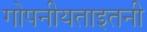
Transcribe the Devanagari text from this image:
गोपनीयताइतनी